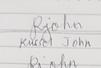
Signature authenticity: genuine